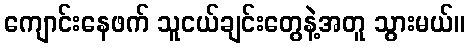
ကျောင်းနေဖက် သူငယ်ချင်းတွေနဲ့အတူ သွားမယ်။